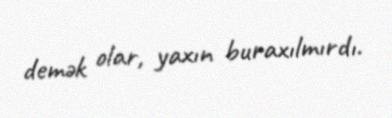
demək olar, yaxın buraxılmırdı.